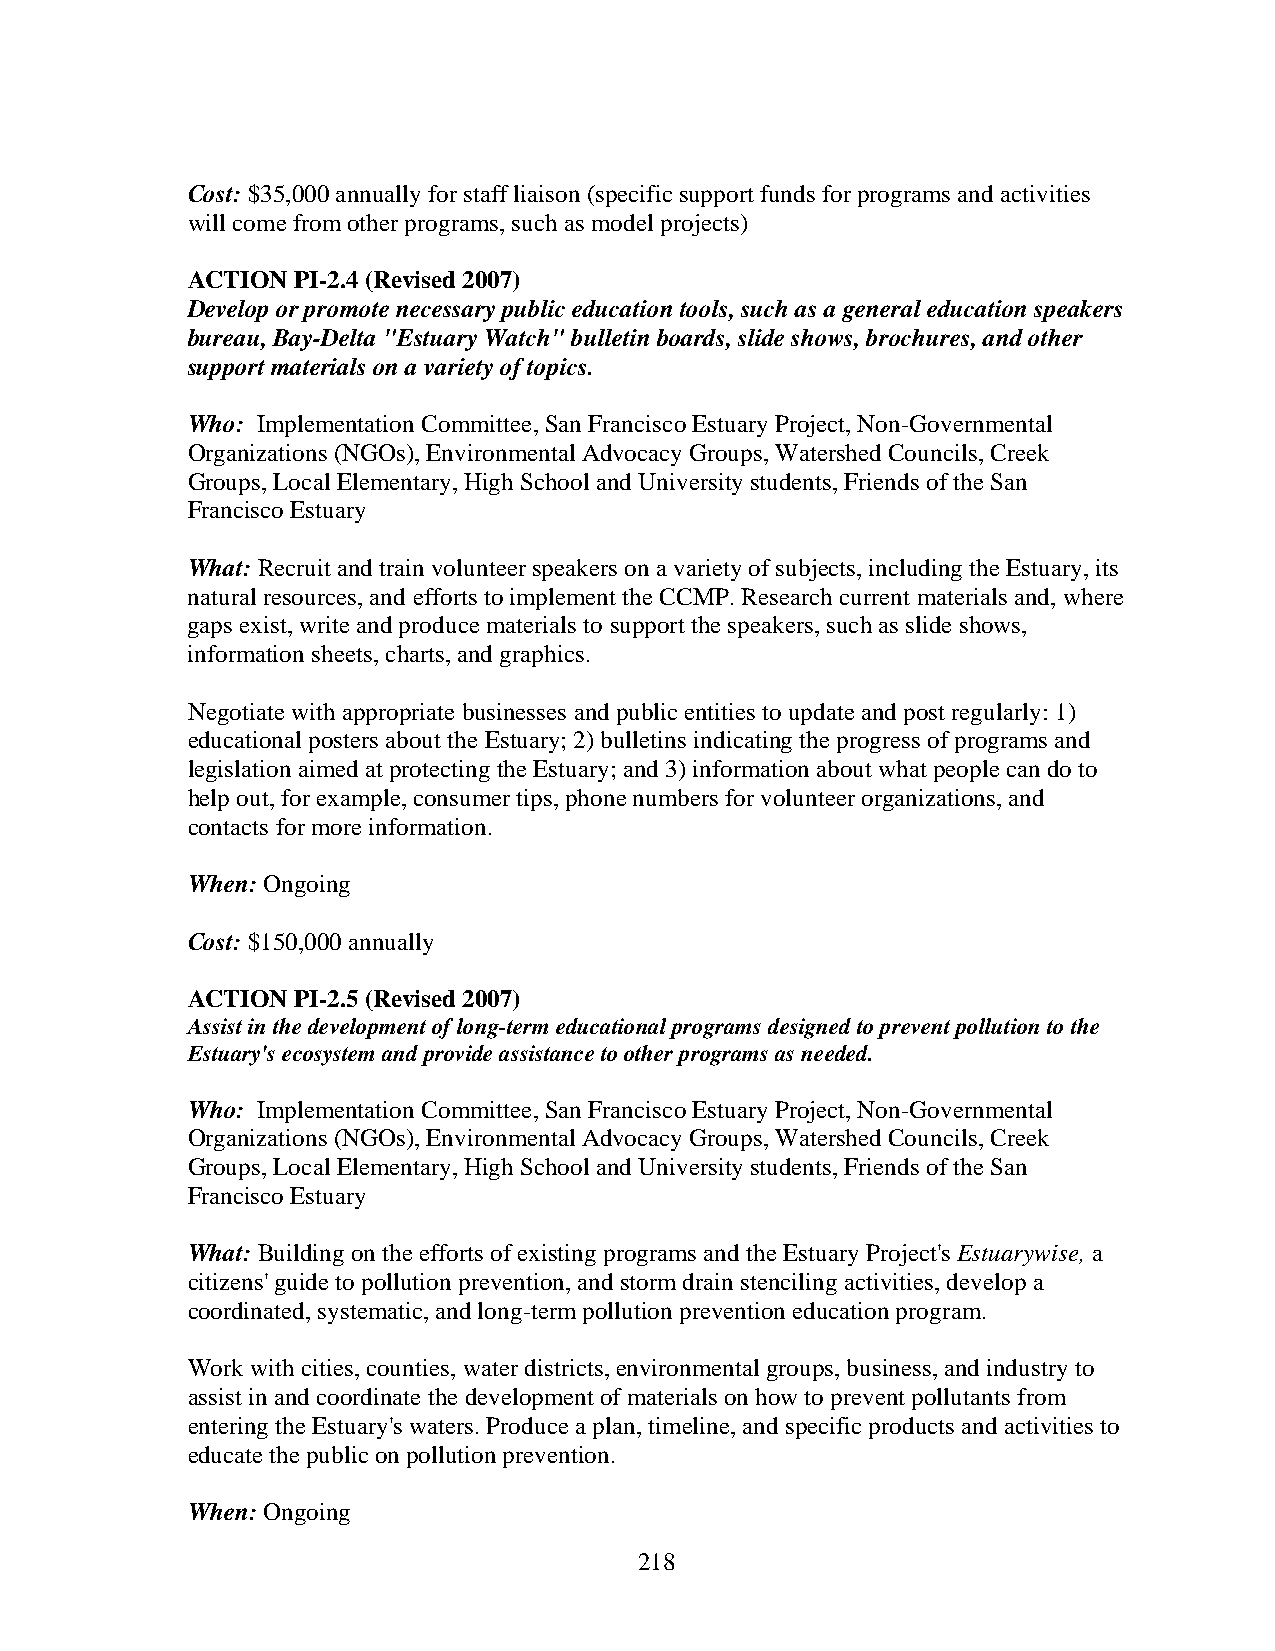
Cost: $35,000 annually for staff liaison (specific support funds for programs and activities
 will come from other programs, such as model projects)
 ACTION PI-2.4 (Revised 2007)
 Develop or promote necessary public education tools, such as a general education speakers
 bureau, Bay-Delta "Estuary Watch" bulletin boards, slide shows, brochures, and other
 support materials on a variety of topics.
 Who: Implementation Committee, San Francisco Estuary Project, Non-Governmental
 Organizations (NGOs), Environmental Advocacy Groups, Watershed Councils, Creek
 Groups, Local Elementary, High School and University students, Friends of the San
 Francisco Estuary
 What: Recruit and train volunteer speakers on a variety of subjects, including the Estuary, its
 natural resources, and efforts to implement the CCMP. Research current materials and, where
 gaps exist, write and produce materials to support the speakers, such as slide shows,
 information sheets, charts, and graphics.
 Negotiate with appropriate businesses and public entities to update and post regularly: 1)
 educational posters about the Estuary; 2) bulletins indicating the progress of programs and
 legislation aimed at protecting the Estuary; and 3) information about what people can do to
 help out, for example, consumer tips, phone numbers for volunteer organizations, and
 contacts for more information.
 When: Ongoing
 Cost: $150,000 annually
 ACTION PI-2.5 (Revised 2007)
 Assist in the development of long-term educational programs designed to prevent pollution to the
 Estuary's ecosystem and provide assistance to other programs as needed.
 Who: Implementation Committee, San Francisco Estuary Project, Non-Governmental
 Organizations (NGOs), Environmental Advocacy Groups, Watershed Councils, Creek
 Groups, Local Elementary, High School and University students, Friends of the San
 Francisco Estuary
 What: Building on the efforts of existing programs and the Estuary Project's Estuarywise, a
 citizens' guide to pollution prevention, and storm drain stenciling activities, develop a
 coordinated, systematic, and long-term pollution prevention education program.
 Work with cities, counties, water districts, environmental groups, business, and industry to
 assist in and coordinate the development of materials on how to prevent pollutants from
 entering the Estuary's waters. Produce a plan, timeline, and specific products and activities to
 educate the public on pollution prevention.
 When: Ongoing
 218